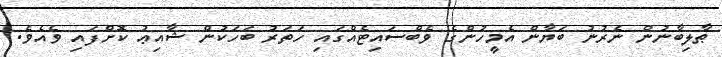
ޠާލިބާނުން ނެރުނު ބަޔާން އެމީހުންގެ ވެބްސައިޓެއްގައި ހަތަރު ބަހަކުން ޝާއިޢު ކޮށްފައި ވެއެވެ.